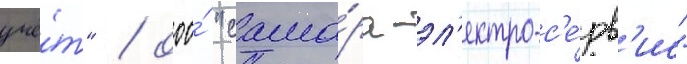
учё́т" / ооо́ "сама́ра-эл'ектро-с'е́рв'ис"